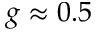
g \approx 0 . 5